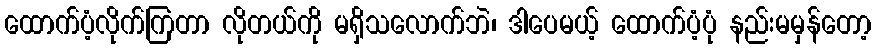
ထောက်ပံ့လိုက်ကြတာ လိုတယ်ကို မရှိသလောက်ဘဲ၊ ဒါပေမယ့် ထောက်ပံ့ပုံ နည်းမမှန်တော့